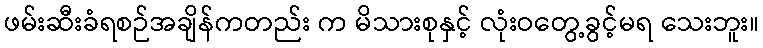
ဖမ်းဆီးခံရစဉ်အချိန်ကတည်း က မိသားစုနှင့် လုံးဝတွေ့ခွင့်မရ သေးဘူး။